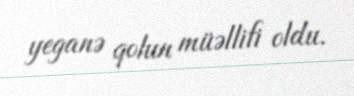
yeganə qolun müəllifi oldu.